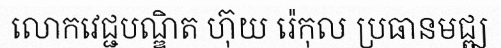
លោកវេជ្ជបណ្ឌិត ហ៊ុយ រ៉េកុល ប្រធានមជ្ឍ